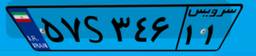
۵۷S۳۴۶۱۱